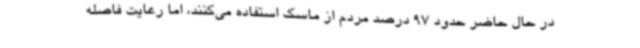
در حال حاضر حدود 97 درصد مردم از ماسک استفاده می‌کنند، اما رعایت فاصله